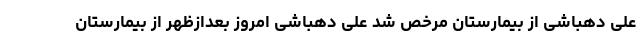
علی دهباشی از بیمارستان مرخص شد علی دهباشی امروز بعدازظهر از بیمارستان